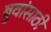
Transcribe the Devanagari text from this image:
बुवांसाठी